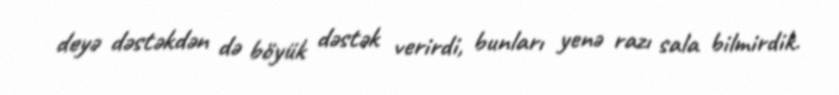
deyə dəstəkdən də böyük dəstək verirdi, bunları yenə razı sala bilmirdik.